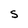
Character: S